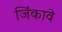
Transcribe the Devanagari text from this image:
जिंकावे